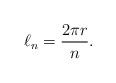
LaTeX: \begin{align*}\ell_n=\frac{2\pi r}n.\end{align*}